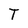
Character: T